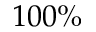
1 0 0 \%